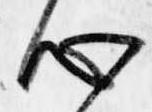
心